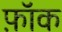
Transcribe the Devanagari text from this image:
फ़ॉक